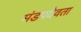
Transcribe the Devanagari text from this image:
मंडपदेवता